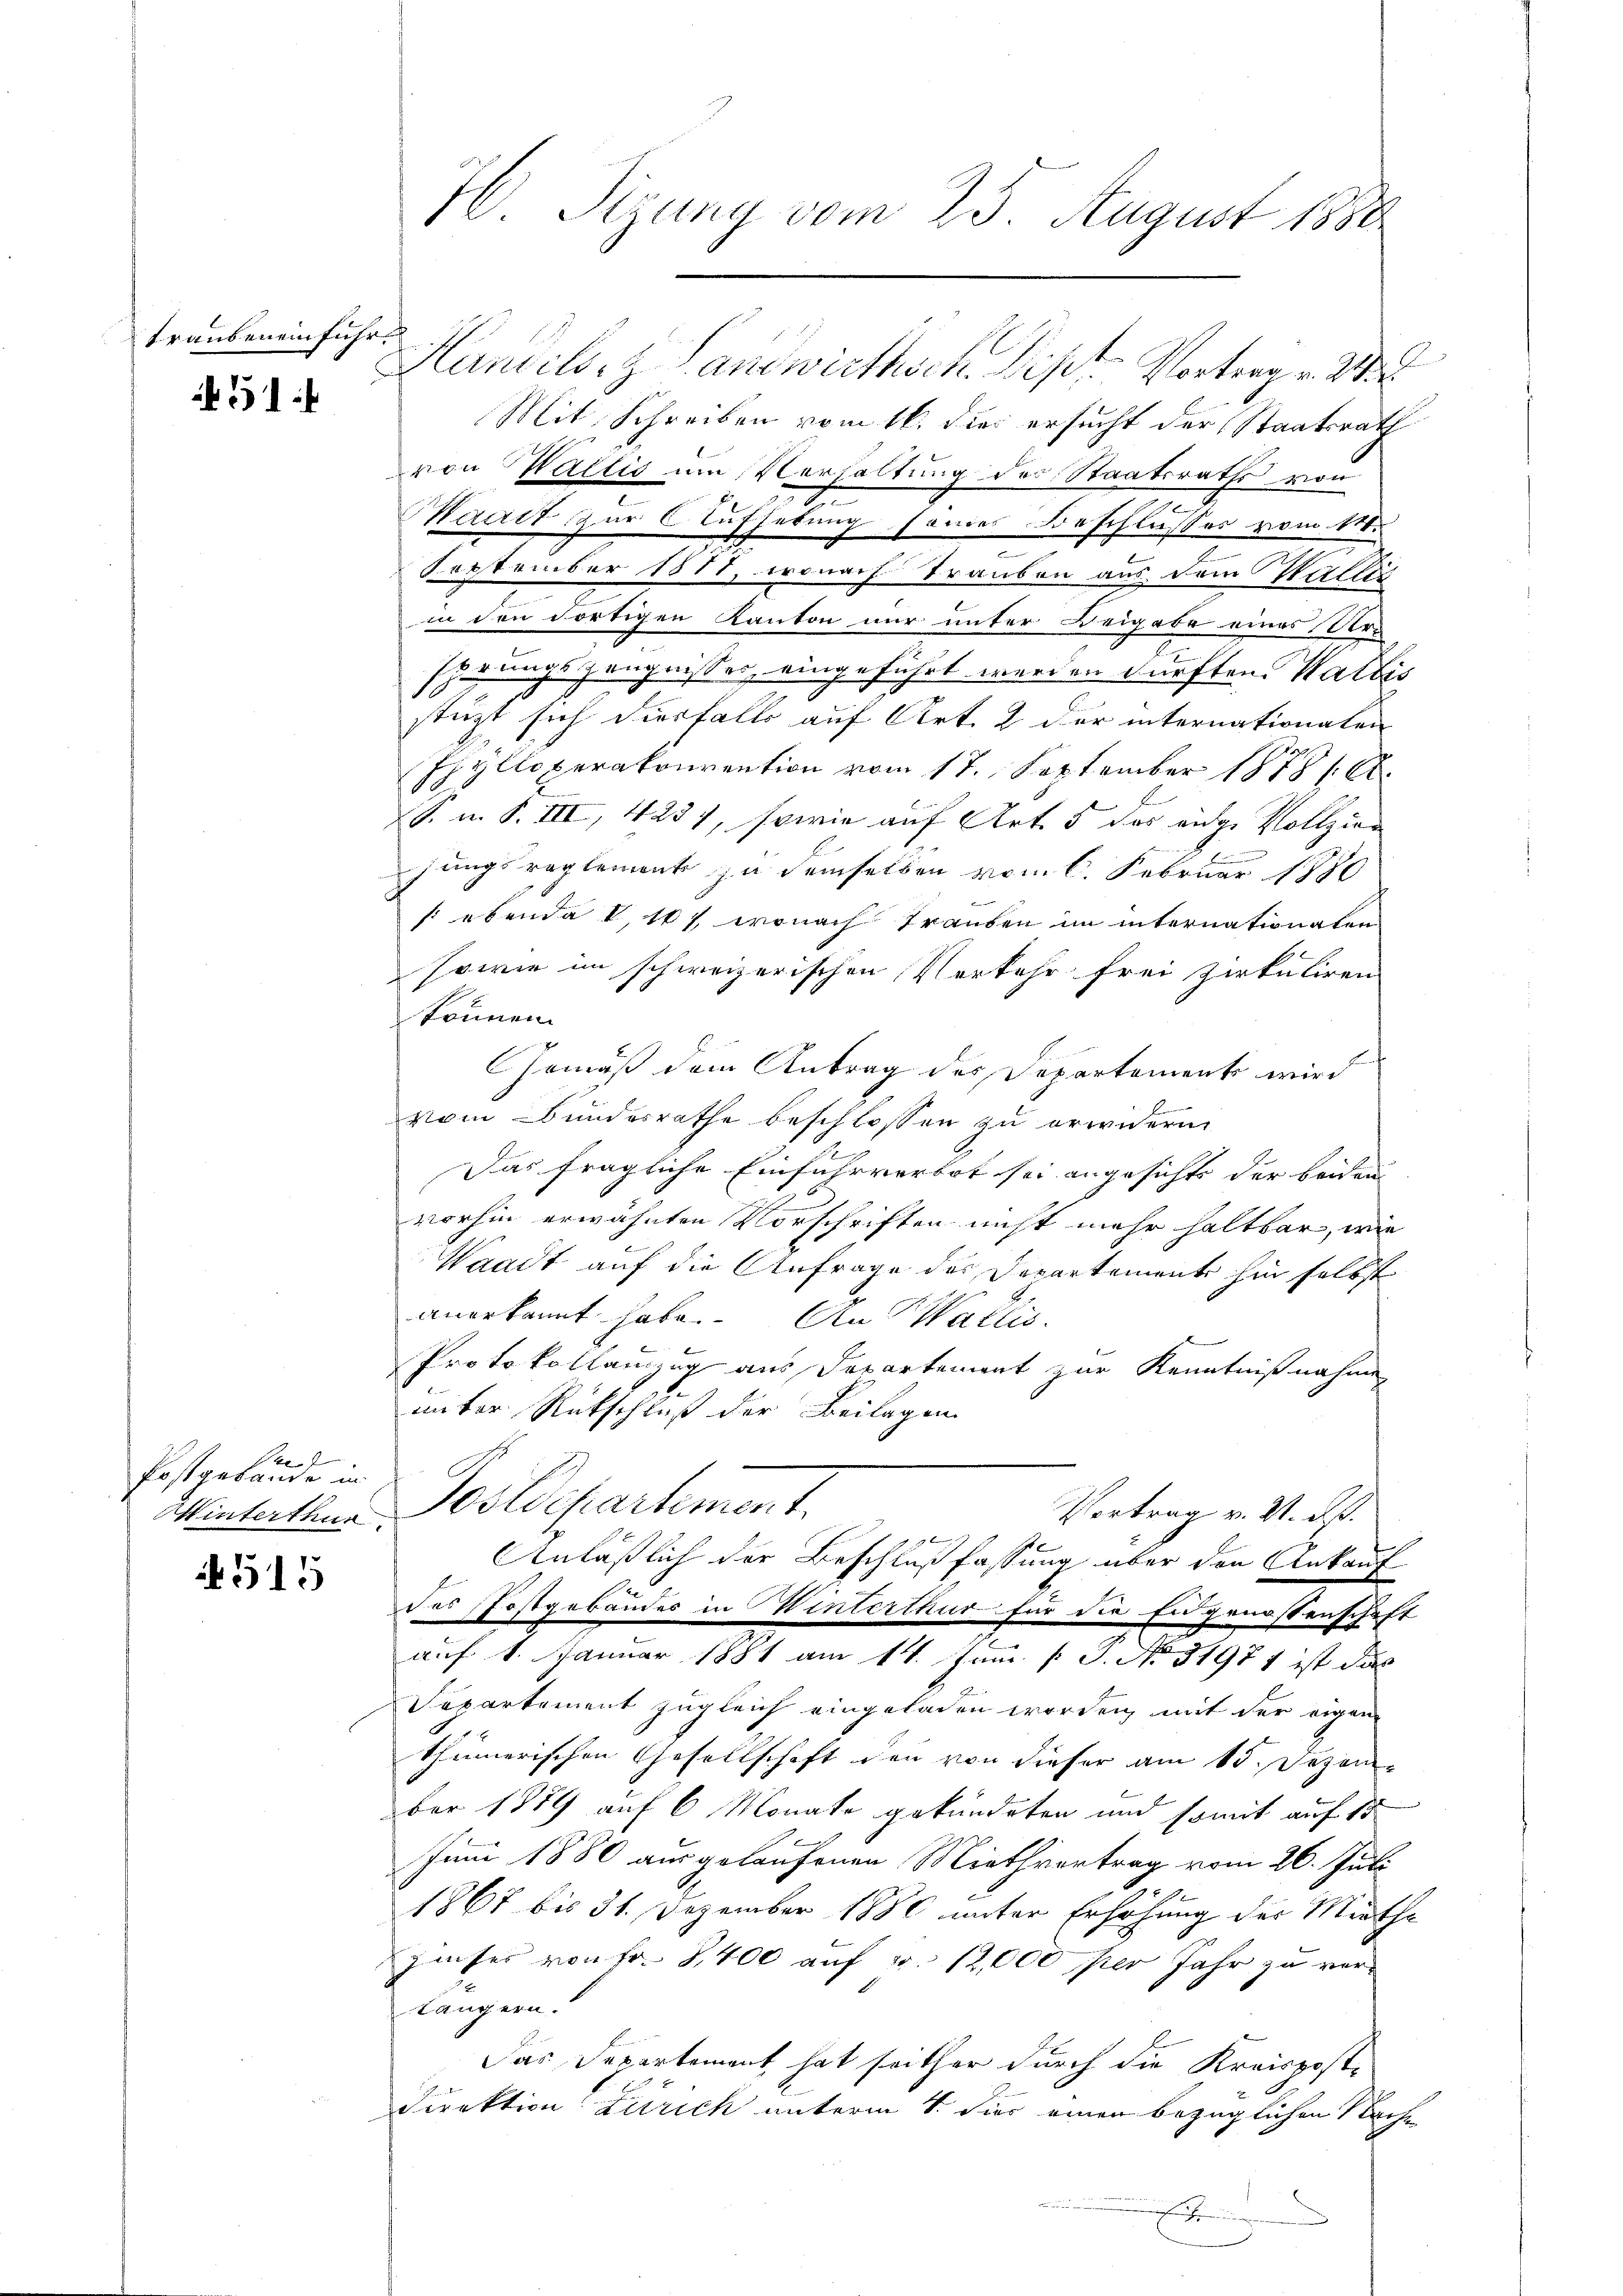
trauben einfuhr.

51

Pre
Postgebäude in

515

Handels z. Landwirthsch. Dist. Vortrag v. 24
Mit Schreiben vom 16. dies ersucht der Staatsrath
von Wallis um Verhaltung der Staatsraths von

Waadt zur Aufhebung sonder Beschlußes vom 11.
September 1888, wonach Trauben aus dem Wallis
in den dortigen Kanton nur unter Beigabe eines Ursprungszeugnisses, eingeführt werden dürften. Wartis
stüzt sich diesfalls auf Art. 2 der internationalen
Phylloperakonvention vom 17. September 1878 f. 68.
S. n. F. III, 4237, sowie auf Art. 5 das eidge Vollzie¬
.
jungsreglement zu demselben vom 6. Februar 1880
s ebenda V, 167, wonach Trauden im internationalen
sowie im schweizerischen Verkehr frei Zirkuliren
können.
Gemäß dem Antrag des Departement wird
vom Bundesrathe beschlossen zu erwidern
Das fragliche Einfuhrverbot sei angesicht der beiden
vorhin erwähnten Vorschriften nicht mehr haltbar, wie
Waadt auf die Anfrage des Departements hin selbst
anerkannt habe. An Wallis,
Protokollanzug aus Departement zur Kenntnißnahmen
unter Rückschluß der Beilagen
Winterthur Postdepartement
Vortrag v. 2. ds.
n
Anläßlich der Beschlußfassung über den Ankauf
1
des Postgebäudes in Winterthur für die Eidgenossenschaft
auf 1. Januar 1881 am 14. Juni / 3. No. 31971 ist das
A
Separtement zugleich eingeladen worden mit der eigen
thümerischen Gesellschaft den von dieser am 15. Dezember 1889 auf 6 Monate gekündeten und somit auf 15
Juni 1880 ausgelaufenen Miethvertrag vom 26. Juli
1867 bis 31. Dezember 1880 unter Erhöhung der Miethe
Zinses von Fr. 2,400 auf v. 12,000 per Jahr zu verlängern.
Das Departement hat seither durch die Kreispost-
Direktion Zürich unterm 1. hier einen bezüglichen Nach¬
E

H. Sizung vom 25. August 1880